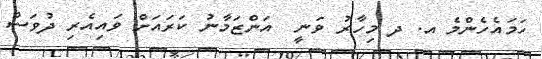
ހަމައެހެންމެ އ. ދ މިހާރު ވަނީ  އަންޒަމާނު ކަރައަށް ވައިއެރި ދުވަސް